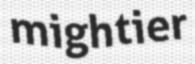
mightier